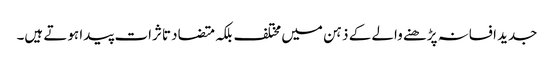
جدید افسانہ پڑھنے والے کے ذہن میں مختلف بلکہ متضاد تاثرات پیدا ہوتے ہیں۔